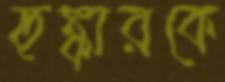
হুঙ্কারকে